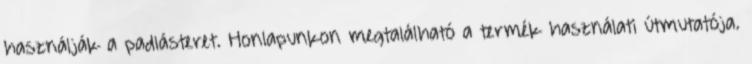
használják a padlásteret. Honlapunkon megtalálható a termék használati útmutatója.